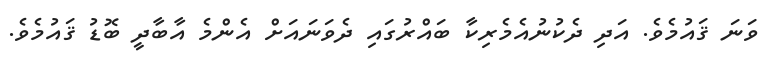
ވަނަ ޤައުމެވެ. އަދި ދެކުނުއެމެރިކާ ބައްރުގައި ދެވަނައަށް އެންމެ އާބާދީ ބޮޑު ޤައުމެވެ.